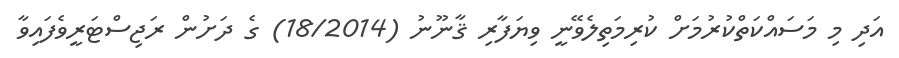
އަދި މި މަސައްކަތްކުރުމަށް ކުރިމަތިލެވޭނީ ވިޔަފާރި ޤާނޫނު (18/2014) ގެ ދަށުން ރަޖިސްޓަރީވެފައިވާ